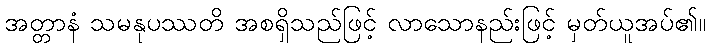
အတ္တာနံ သမနုပဿတိ အစရှိသည်ဖြင့် လာသောနည်းဖြင့် မှတ်ယူအပ်၏။